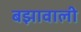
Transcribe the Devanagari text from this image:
बझावाली